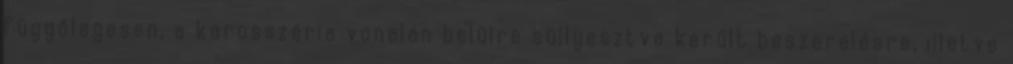
függőlegesen, a karosszéria vonalán belülre süllyesztve került beszerelésre, illetve